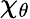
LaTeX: \chi_{\theta}